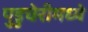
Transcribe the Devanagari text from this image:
पुडुचेरीमध्ये